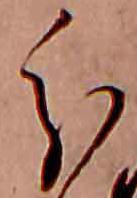
分